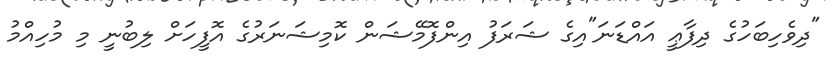
"ދިވެހިބަހުގެ ދިފާޢީ އައްޑަނަ"އިގެ ޝަރަފު އިންފޮމޭޝަން ކޮމިޝަނަރުގެ އޮފީހަށް ލިބުނީ މި މުހިއްމު